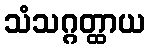
သံသဂ္ဂတ္ထာယ